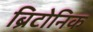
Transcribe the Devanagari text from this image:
ब्रिटोनिक